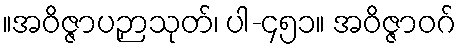
။အဝိဇ္ဇာပဉှာသုတ်၊ ပါ-၄၅၁။ အဝိဇ္ဇာဝဂ်